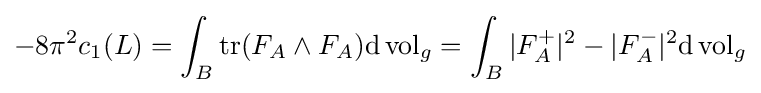
-8\pi ^{2}c_{1}(L)=\int _{B}\operatorname {tr} (F_{A}\wedge F_{A})\mathrm {d} \operatorname {vol} _{g}=\int _{B}|F_{A}^{+}|^{2}-|F_{A}^{-}|^{2}\mathrm {d} \operatorname {vol} _{g}